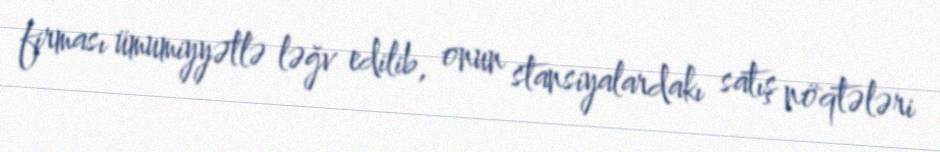
firması ümumiyyətlə ləğv edilib, onun stansiyalardakı satış nöqtələri